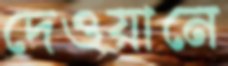
দেওয়ানে